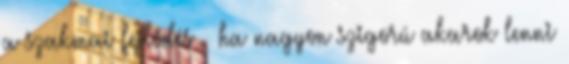
a szakmai fejlôdés – ha nagyon szigorú akarok lenni